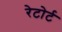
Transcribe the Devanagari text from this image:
रेटोर्ट